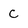
Character: c